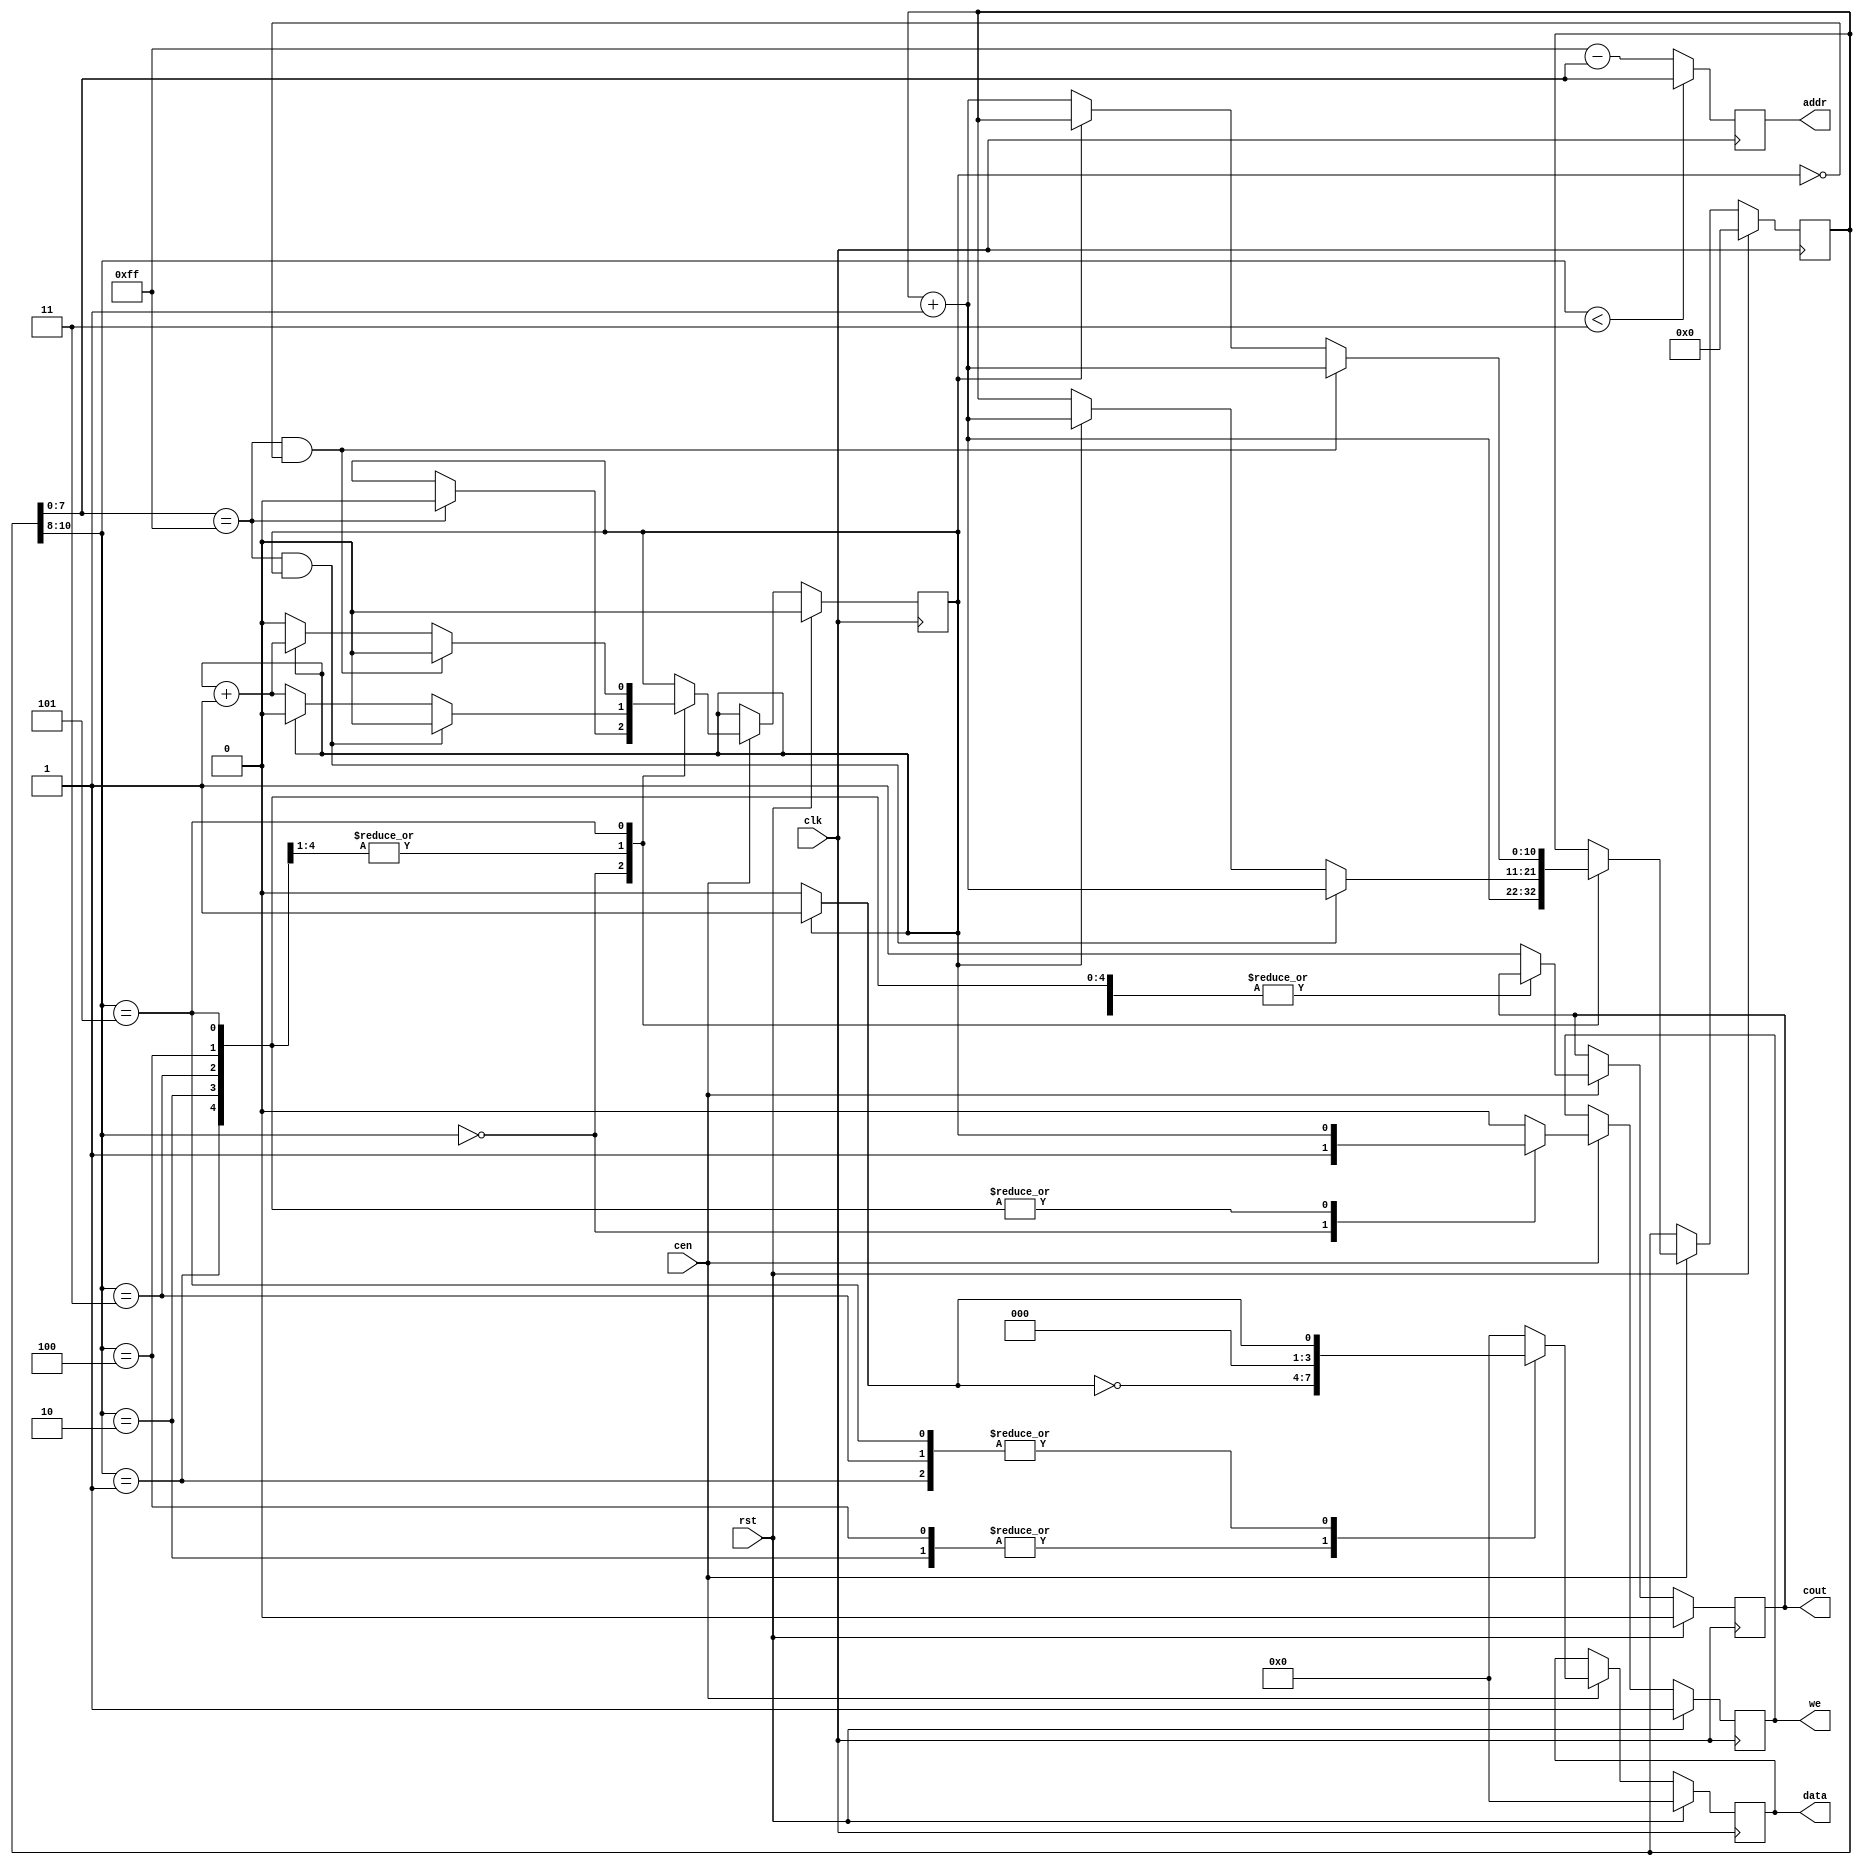
`timescale 1ns / 1ps

module MBIST_CounterMC
(input clk, cen, rst,
output [7:0] addr,
output reg [3:0] data,
output reg we,cout);

reg [10:0]counter;
wire [2:0]stage;
wire [7:0]delay_wire;
wire temp;
reg pass;
reg [7:0]delay;
assign temp = pass?4'b1111:4'b0000;
assign stage = counter[10:8];
always @(posedge clk) begin
    if (rst)
    begin
        we <= 1;
        counter <= 0;
        data <= 4'b0000;
        pass <= 0;
        cout <= 0;
    end
    else if (cen)
    begin
        case(stage)
        //w0
        0:begin
            data <= 4'b0000; 
            we <= 1;
            if(counter[7:0] == 255)
                pass <= 0;
            counter <= counter + 1;
          end
         //ro w1
        1:begin
            we <= pass;
            data <= temp;
            if(counter[7:0] == 255 && pass == 1)
            begin
                pass <= 0;
                counter <= counter + 1;
            end
            else if(pass == 1)
            begin
                pass <= 0;
                counter <= counter + 1;
            end
            else begin
                pass <= pass + 1;
                counter <= counter;
            end
          end
          
          //r1 w0
         2:begin
            we <= pass;
            data <= ~temp;
            if(counter[7:0] == 255 && pass == 1)
            begin
                pass <= 0;
                counter <= counter + 1;
            end
            else if(pass == 1)
            begin
                pass <= 0;
                counter <= counter + 1;
            end
            else
            begin
                pass <= pass + 1;
                counter <= counter;
            end
          end
          //r0 w1
         3:begin
            we <= pass;
            data <= temp;
            if(counter[7:0] == 255 && pass == 1)
            begin
                pass <= 0;
                counter <= counter + 1;
            end
            else if(pass == 1)
            begin
                pass <= 0;
                counter <= counter + 1;
            end
            else
            begin
                pass <= pass + 1;
                counter <= counter;
            end
          end
          
         //r1 w0
         4:begin
            we <= pass;
            data <= ~temp;
            if(counter[7:0] == 255 && pass == 1)
            begin
                pass <= 0;
                counter <= counter + 1;
            end
            else if(pass == 1)
            begin
                pass <= 0;
                counter <= counter + 1;
            end
            else
            begin
                pass <= pass + 1;
                counter <= counter;
            end
          end
           //r0
         5:begin
            we <= pass;
            data <= temp;
            if(counter[7:0] == 255 && pass == 0)
            begin
                pass <= 0;
                counter <= counter + 1;
            end
            else if(pass == 0)
            begin
                pass <= 0;
                counter <= counter + 1;
            end
            else
            begin
                pass <= pass + 1;
                counter <= counter;
            end
          end
          default : begin
                        we <= 0;
                        counter <= counter;
                        data <= 4'b0000;
                        cout <= 1;
                    end
          
        endcase
    end
    delay <= delay_wire;
end
assign delay_wire = (stage<3) ? counter[7:0]: 255-counter[7:0];
assign addr = delay;

endmodule